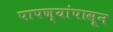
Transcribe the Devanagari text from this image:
पापण्यांपासून